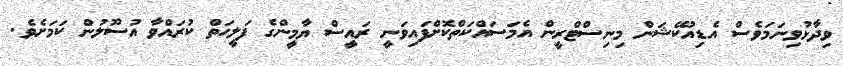
ވިދާޅުވިނަމަވެސް އެޑިއުކޭޝަން މިނިސްޓްރީން އެމަސައްކަތްކޮށްފައިވަނީ ރައީސް ޔާމީންގެ ފަލީހަތް ކުރައްވާ އުސޫލުން ކަމަށެވެ.